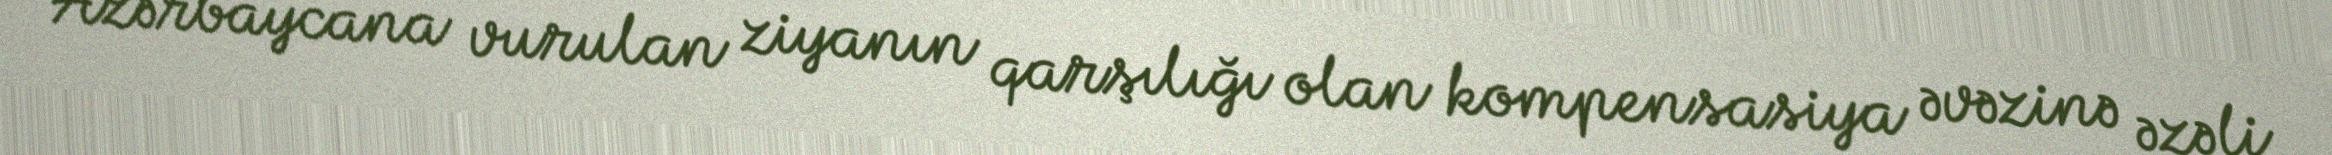
Azərbaycana vurulan ziyanın qarşılığı olan kompensasiya əvəzinə əzəli